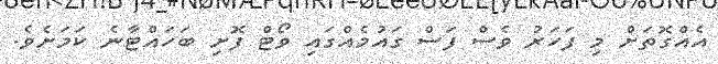
އެއްގޮތަށް މި ފަހަރު ވެސް ފަސް ގައުމެއްގައި ވޯޓް ފޮށި ބަހައްޓާނެ ކަމަށެވެ.